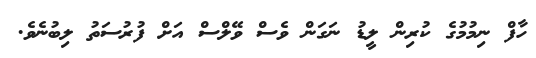
ހާފް ނިމުމުގެ ކުރިން ލީޑު ނަގަން ވެސް ވޭލްސް އަށް ފުރުސަތު ލިބުނެވެ.